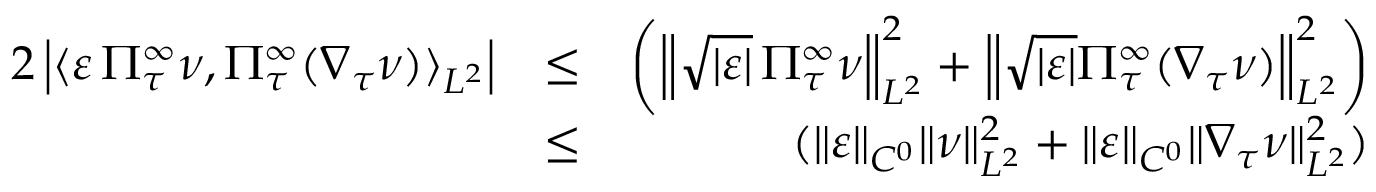
\begin{array} { r l r } { 2 \left| \langle \varepsilon \, \Pi _ { \tau } ^ { \infty } \nu , \Pi _ { \tau } ^ { \infty } ( \nabla _ { \tau } \nu ) \rangle _ { L ^ { 2 } } \right| } & { \leq } & { \left( \left\| \sqrt { | \varepsilon | } \, \Pi _ { \tau } ^ { \infty } \nu \right\| _ { L ^ { 2 } } ^ { 2 } + \left\| \sqrt { | \varepsilon | } \Pi _ { \tau } ^ { \infty } ( \nabla _ { \tau } \nu ) \right\| _ { L ^ { 2 } } ^ { 2 } \right) } \\ & { \leq } & { ( \| \varepsilon \| _ { C ^ { 0 } } \| \nu \| _ { L ^ { 2 } } ^ { 2 } + \| \varepsilon \| _ { C ^ { 0 } } \| \nabla _ { \tau } \nu \| _ { L ^ { 2 } } ^ { 2 } ) } \end{array}